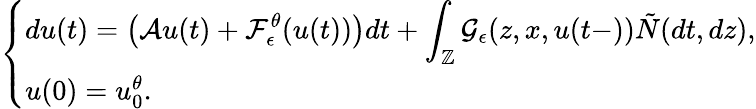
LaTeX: \left\{ \begin{array}{ll}{\displaystyle du(t)=\left(\mathcal{A}u(t)+\mathcal{F}_{\epsilon}^{\theta}(u(t))\right)dt+\int_{\mathbb{Z}}\mathcal{G}_{\epsilon}(z,x,u(t-))\tilde{N}(dt,dz),}\\ {u(0)=u_{0}^{\theta}.}\end{array}\right.